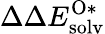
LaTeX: \Delta\Delta E_{\mathrm{solv}}^{\mathrm{O*}}